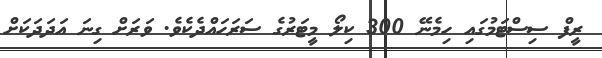
ރީފް ސިސްޓަމުގައި ހިމެނޭ 300 ކިލޯ މީޓަރުގެ ސަރަހައްދެކެވެ. ވަރަށް ގިނަ އަދަދަކަށް